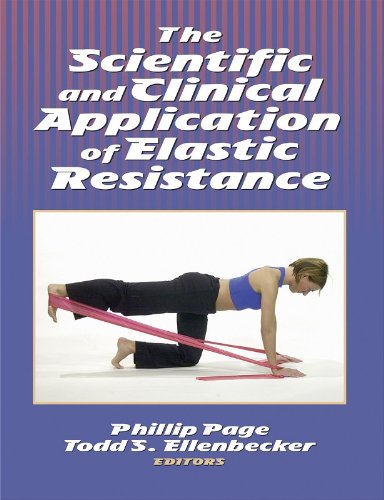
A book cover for The Scientific and Clinical Application of Elastic Resistance; Phillip Page; Health, Fitness & Dieting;